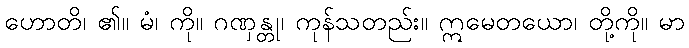
ဟောတိ၊ ၏။ မံ၊ ကို။ ဂဏှန္တု၊ ကုန်သတည်း။ ဣမေတယော၊ တို့ကို။ မာ